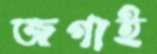
জগাই